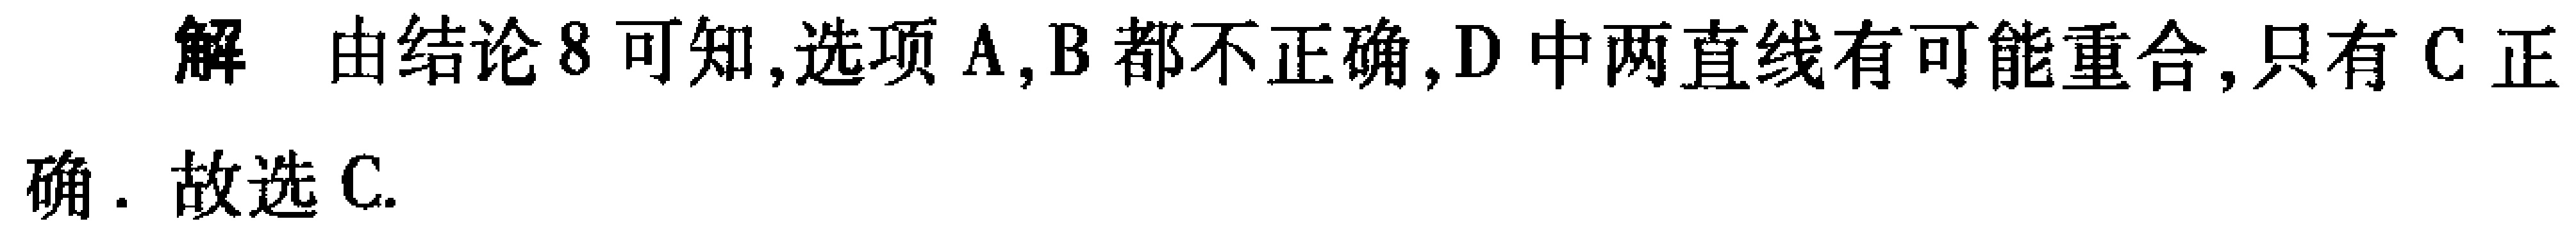
解 由结论8可知,选项A,B都不正确,D中两直线有可能重合,只有C正确. 故选C.